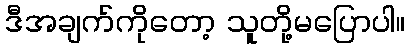
ဒီအချက်ကိုတော့ သူတို့မပြောပါ။